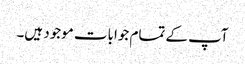
آپ کے تمام جوابات موجود ہیں۔